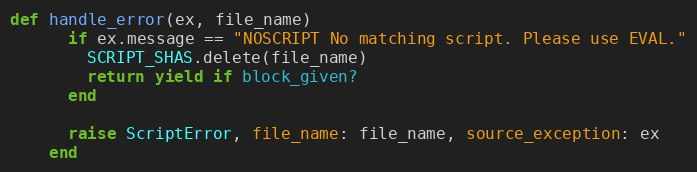
Language: Ruby
def handle_error(ex, file_name)
      if ex.message == "NOSCRIPT No matching script. Please use EVAL."
        SCRIPT_SHAS.delete(file_name)
        return yield if block_given?
      end

      raise ScriptError, file_name: file_name, source_exception: ex
    end